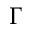
\Gamma